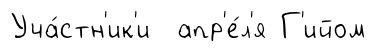
Уча́стн'ик'и апр'е́л'я Г'ийом